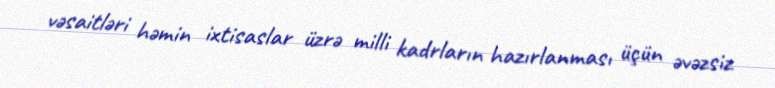
vəsaitləri həmin ixtisaslar üzrə milli kadrların hazırlanması üçün əvəzsiz